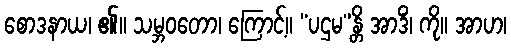
စောဒနာယ၊ ၏။ သမ္ဘဝတော၊ ကြောင့်။ “ပဌမ”န္တိ အာဒိံ၊ ကို။ အာဟ၊